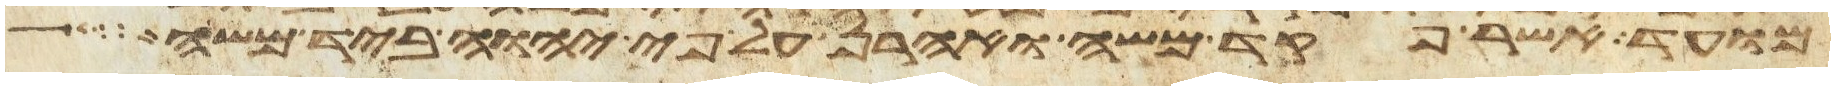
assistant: מועד אשר פקד משה ואהרן על פי יהוה ביד משה